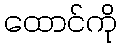
ထောင်ကို